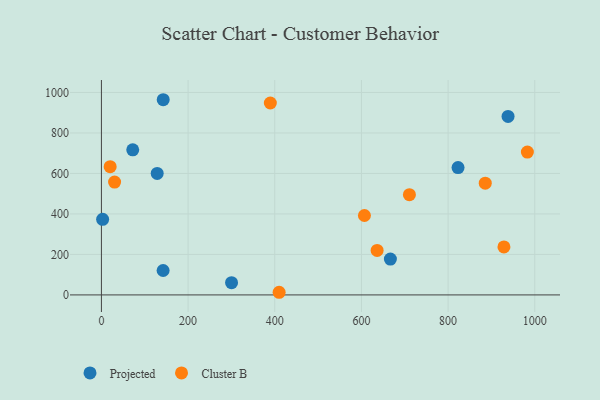
{"axis": {"x": "Price", "y": "Salary"}, "legend": ["Cluster B", "Projected"], "data": [{"x": "300.3", "y": 60.5, "type": "Projected"}, {"x": "938.3", "y": 881.5, "type": "Projected"}, {"x": "666.8", "y": 177.0, "type": "Projected"}, {"x": "2.8", "y": 373.4, "type": "Projected"}, {"x": "142.4", "y": 120.5, "type": "Projected"}, {"x": "822.9", "y": 629.2, "type": "Projected"}, {"x": "72.3", "y": 716.7, "type": "Projected"}, {"x": "128.7", "y": 600.0, "type": "Projected"}, {"x": "142.6", "y": 964.2, "type": "Projected"}, {"x": "389.8", "y": 948.0, "type": "Cluster B"}, {"x": "636.2", "y": 219.7, "type": "Cluster B"}, {"x": "410.1", "y": 13.0, "type": "Cluster B"}, {"x": "885.7", "y": 552.1, "type": "Cluster B"}, {"x": "710.7", "y": 494.9, "type": "Cluster B"}, {"x": "982.9", "y": 705.4, "type": "Cluster B"}, {"x": "928.8", "y": 236.8, "type": "Cluster B"}, {"x": "20.2", "y": 633.6, "type": "Cluster B"}, {"x": "30.4", "y": 557.2, "type": "Cluster B"}, {"x": "606.9", "y": 392.3, "type": "Cluster B"}]}